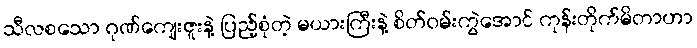
သီလစသော ဂုဏ်ကျေးဇူးနဲ့ ပြည့်စုံတဲ့ မယားကြီးနဲ့ စိတ်ဝမ်းကွဲအောင် ကုန်းတိုက်မိတာဟာ